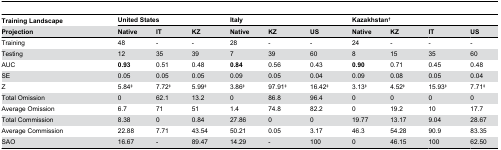
<table><thead><tr><td><b>Training Landscape</b></td><td colspan="3"><b>United States</b></td><td colspan="3"><b>Italy</b></td><td colspan="4"><b>Kazakhstan<sup>†</sup></b></td></tr><tr><td><b>Projection</b></td><td><b>Native</b></td><td><b>IT</b></td><td><b>KZ</b></td><td><b>Native</b></td><td><b>KZ</b></td><td><b>US</b></td><td><b>Native</b></td><td><b>KZ</b></td><td><b>IT</b></td><td><b>US</b></td></tr></thead><tbody><tr><td>Training</td><td>48</td><td>-</td><td>-</td><td>28</td><td>-</td><td>-</td><td>24</td><td>-</td><td>-</td><td>-</td></tr><tr><td>Testing</td><td>12</td><td>35</td><td>39</td><td>7</td><td>39</td><td>60</td><td>8</td><td>15</td><td>35</td><td>60</td></tr><tr><td>AUC</td><td><b>0.93</b></td><td>0.51</td><td>0.48</td><td><b>0.84</b></td><td>0.56</td><td>0.43</td><td><b>0.90</b></td><td>0.71</td><td>0.45</td><td>0.48</td></tr><tr><td>SE</td><td>0.05</td><td>0.05</td><td>0.05</td><td>0.09</td><td>0.05</td><td>0.04</td><td>0.09</td><td>0.08</td><td>0.05</td><td>0.04</td></tr><tr><td>Z</td><td>5.84<sup>‡</sup></td><td>7.72<sup>‡</sup></td><td>5.99<sup>‡</sup></td><td>3.86<sup>‡</sup></td><td>97.91<sup>‡</sup></td><td>16.42<sup>‡</sup></td><td>3.13<sup>‡</sup></td><td>4.52<sup>‡</sup></td><td>15.93<sup>‡</sup></td><td>7.71<sup>‡</sup></td></tr><tr><td>Total Omission</td><td>0</td><td>62.1</td><td>13.2</td><td>0</td><td>86.8</td><td>96.4</td><td>0</td><td>0</td><td>0</td><td>0</td></tr><tr><td>Average Omission</td><td>6.7</td><td>71</td><td>51</td><td>1.4</td><td>74.8</td><td>82.2</td><td>0</td><td>19.2</td><td>10</td><td>17.7</td></tr><tr><td>Total Commission</td><td>8.38</td><td>0</td><td>0.84</td><td>27.86</td><td>0</td><td>0</td><td>19.77</td><td>13.17</td><td>9.04</td><td>28.67</td></tr><tr><td>Average Commission</td><td>22.88</td><td>7.71</td><td>43.54</td><td>50.21</td><td>0.05</td><td>3.17</td><td>46.3</td><td>54.28</td><td>90.9</td><td>83.35</td></tr><tr><td>SAO</td><td>16.67</td><td>-</td><td>89.47</td><td>14.29</td><td>-</td><td>100</td><td>0</td><td>46.15</td><td>100</td><td>62.50</td></tr></tbody></table>